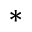
^ *